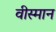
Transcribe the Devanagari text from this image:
वीस्मान